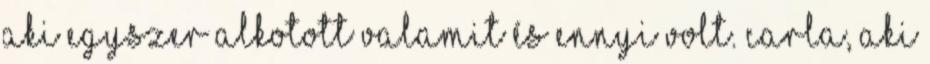
aki egyszer alkotott valamit és ennyi volt. Carla, aki